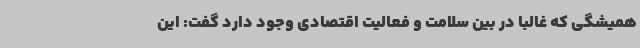
همیشگی که غالباً در بین سلامت و فعالیت اقتصادی وجود دارد گفت: این